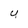
Character: Y